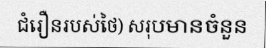
ជំរឿនរបស់ថៃ) សរុបមានចំនួន